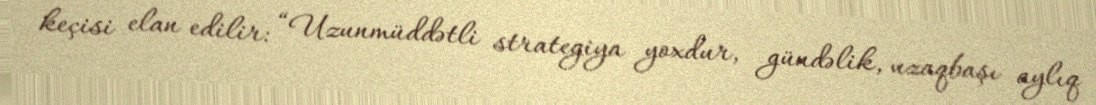
keçisi elan edilir: “Uzunmüddətli strategiya yoxdur, gündəlik, uzaqbaşı aylıq